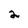
Character: 2